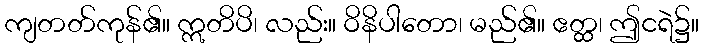
ကျတတ်ကုန်၏။ ဣတိပိ၊ လည်း။ ဝိနိပါတော၊ မည်၏။ ဧတ္ထ၊ ဤငရဲ၌။